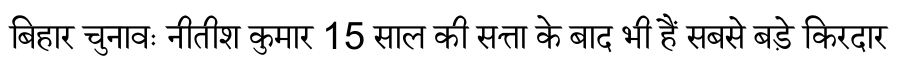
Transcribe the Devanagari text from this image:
बिहार चुनावः नीतीश कुमार 15 साल की सत्ता के बाद भी हैं सबसे बड़े किरदार